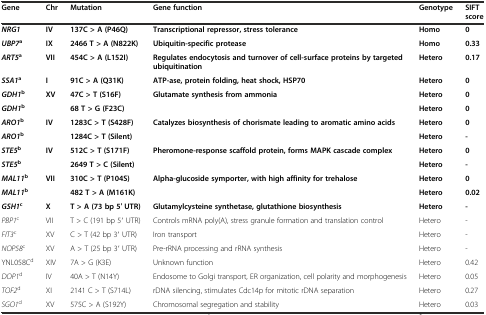
<table><thead><tr><td><b>Gene</b></td><td><b>Chr</b></td><td><b>Mutation</b></td><td><b>Gene function</b></td><td><b>Genotype</b></td><td><b>SIFT score</b></td></tr></thead><tbody><tr><td><b><i>NRG1</i></b></td><td><b>IV</b></td><td><b>137C &gt; A (P46Q)</b></td><td><b>Transcriptional repressor, stress tolerance</b></td><td><b>Homo</b></td><td><b>0</b></td></tr><tr><td><b><i>UBP7</i></b><sup><b>a</b></sup></td><td><b>IX</b></td><td><b>2466 T &gt; A (N822K)</b></td><td><b>Ubiquitin-specific protease</b></td><td><b>Homo</b></td><td><b>0.33</b></td></tr><tr><td><b><i>ART5</i></b><sup><b>a</b></sup></td><td><b>VII</b></td><td><b>454C &gt; A (L152I)</b></td><td><b>Regulates endocytosis and turnover of cell-surface proteins by targeted ubiquitination</b></td><td><b>Hetero</b></td><td><b>0.17</b></td></tr><tr><td><b><i>SSA1</i></b><sup><b>a</b></sup></td><td><b>I</b></td><td><b>91C &gt; A (Q31K)</b></td><td><b>ATP-ase, protein folding, heat shock, HSP70</b></td><td><b>Hetero</b></td><td><b>0</b></td></tr><tr><td><b><i>GDH1</i></b><sup><b>b</b></sup></td><td rowspan="2"><b>XV</b></td><td><b>47C &gt; T (S16F)</b></td><td rowspan="2"><b>Glutamate synthesis from ammonia</b></td><td><b>Hetero</b></td><td><b>0</b></td></tr><tr><td><b><i>GDH1</i></b><sup><b>b</b></sup></td><td><b>68 T &gt; G (F23C)</b></td><td><b>Hetero</b></td><td><b>0</b></td></tr><tr><td><b><i>ARO1</i></b><sup><b>b</b></sup></td><td rowspan="2"><b>IV</b></td><td><b>1283C &gt; T (S428F)</b></td><td rowspan="2"><b>Catalyzes biosynthesis of chorismate leading to aromatic amino acids</b></td><td><b>Hetero</b></td><td><b>0</b></td></tr><tr><td><b><i>ARO1</i></b><sup><b>b</b></sup></td><td><b>1284C &gt; T (Silent)</b></td><td><b>Hetero</b></td><td><b>-</b></td></tr><tr><td><b><i>STE5</i></b><sup><b>b</b></sup></td><td rowspan="2"><b>IV</b></td><td><b>512C &gt; T (S171F)</b></td><td rowspan="2"><b>Pheromone-response scaffold protein, forms MAPK cascade complex</b></td><td><b>Hetero</b></td><td><b>0</b></td></tr><tr><td><b><i>STE5</i></b><sup><b>b</b></sup></td><td><b>2649 T &gt; C (Silent)</b></td><td><b>Hetero</b></td><td><b>-</b></td></tr><tr><td><b><i>MAL11</i></b><sup><b>b</b></sup></td><td rowspan="2"><b>VII</b></td><td><b>310C &gt; T (P104S)</b></td><td rowspan="2"><b>Alpha-glucoside symporter, with high affinity for trehalose</b></td><td><b>Hetero</b></td><td><b>0</b></td></tr><tr><td><b><i>MAL11</i></b><sup><b>b</b></sup></td><td><b>482 T &gt; A (M161K)</b></td><td><b>Hetero</b></td><td><b>0.02</b></td></tr><tr><td><b><i>GSH1</i></b><sup><b>c</b></sup></td><td><b>X</b></td><td><b>T &gt; A (73 bp 5′ UTR)</b></td><td><b>Glutamylcysteine synthetase, glutathione biosynthesis</b></td><td><b>Hetero</b></td><td><b>-</b></td></tr><tr><td><i>PBP1</i><sup>c</sup></td><td>VII</td><td>T &gt; C (191 bp 5′ UTR)</td><td>Controls mRNA poly(A), stress granule formation and translation control</td><td>Hetero</td><td>-</td></tr><tr><td><i>FIT3</i><sup>c</sup></td><td>XV</td><td>C &gt; T (42 bp 3′ UTR)</td><td>Iron transport</td><td>Hetero</td><td>-</td></tr><tr><td><i>NOP58</i><sup>c</sup></td><td>XV</td><td>A &gt; T (25 bp 3′ UTR)</td><td>Pre-rRNA processing and rRNA synthesis</td><td>Hetero</td><td>-</td></tr><tr><td>YNL058C<sup>d</sup></td><td>XIV</td><td>7A &gt; G (K3E)</td><td>Unknown function</td><td>Hetero</td><td>0.42</td></tr><tr><td><i>DOP1</i><sup>d</sup></td><td>IV</td><td>40A &gt; T (N14Y)</td><td>Endosome to Golgi transport, ER organization, cell polarity and morphogenesis</td><td>Hetero</td><td>0.05</td></tr><tr><td><i>TOF2</i><sup>d</sup></td><td>XI</td><td>2141 C &gt; T (S714L)</td><td>rDNA silencing, stimulates Cdc14p for mitotic rDNA separation</td><td>Hetero</td><td>0.27</td></tr><tr><td><i>SGO1</i><sup>d</sup></td><td>XV</td><td>575C &gt; A (S192Y)</td><td>Chromosomal segregation and stability</td><td>Hetero</td><td>0.03</td></tr></tbody></table>